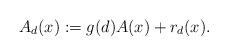
LaTeX: \begin{align*}A_d(x) := g(d)A(x) + r_d(x).\end{align*}